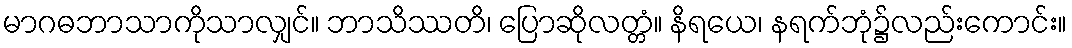
မာဂဓဘာသာကိုသာလျှင်။ ဘာသိဿတိ၊ ပြောဆိုလတ္တံ။ နိရယေ၊ နရက်ဘုံ၌လည်းကောင်း။